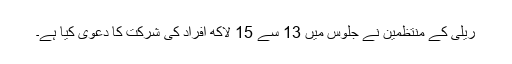
ریلی کے منتظمین نے جلوس میں 13 سے 15 لاکھ افراد کی شرکت کا دعویٰ کیا ہے۔